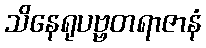
သိနေရုပဗ္ဗတရာဇာနံ